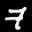
Label: 7